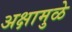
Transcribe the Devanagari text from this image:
अक्षामुळे